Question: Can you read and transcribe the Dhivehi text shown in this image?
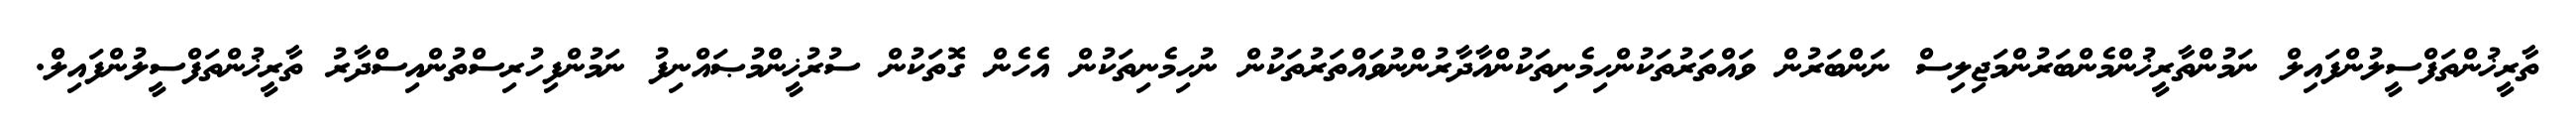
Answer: ތާރީޚުންތަފްސީލުންފައިލް ނަމުންތާރީޚުންމެންބަރުންމަޖިލިސް ނަންބަރުން ވައްތަރުތަކުންހިމެނިތަކުންއާދާރުންނުވައްތަރުތަކުން ނުހިމެނިތަކުން އެހެން ގޮތަކުން ސުރުޚީންމުޞައްނިފު ނަމުންފިހުރިސްތުންއިސްދާރު ތާރީޚުންތަފްސީލުންފައިލް.